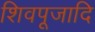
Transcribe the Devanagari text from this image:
शिवपूजादि